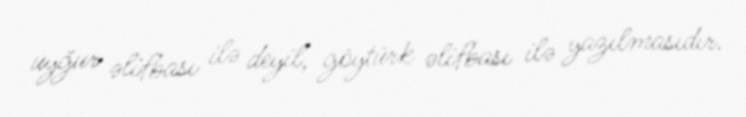
uyğur əlifbası ilə deyil, göytürk əlifbası ilə yazılmasıdır.